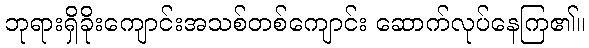
ဘုရားရှိခိုးကျောင်းအသစ်တစ်ကျောင်း ဆောက်လုပ်နေကြ၏။